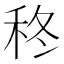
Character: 𮂽